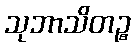
သုဘာသိတဉ္စ